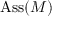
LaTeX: \mathrm { A s s } ( M )